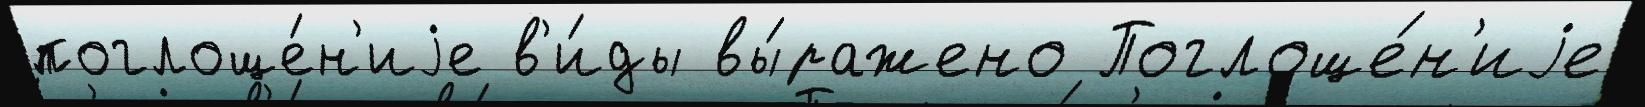
поглоще́н'иjе в'и́ды вы́ражено Поглоще́н'иjе